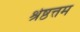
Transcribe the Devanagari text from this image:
श्रेष्ठत्तम